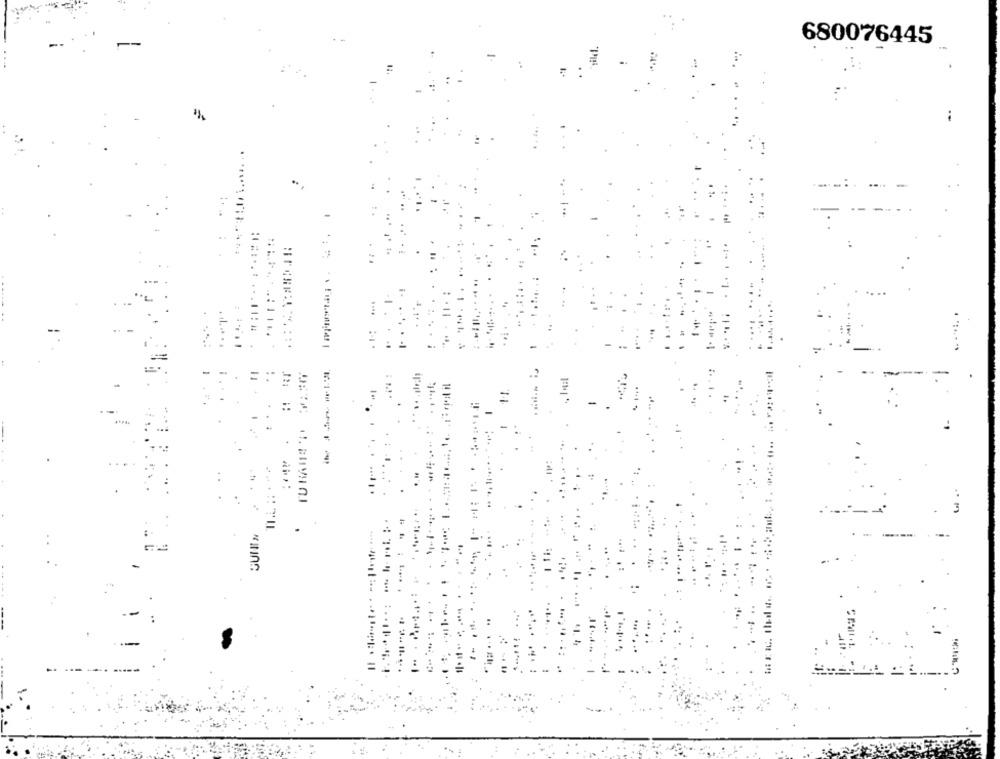
٠٢٠
680076445
..
4
=
٠٠١١٠٠٠
٠١٠
٠٫٠٠١
11
: ....
11
::
-
: ****
*... . . .
.....
1
.
------
...
......
....... ... ..
SUNIN
---
١٫٠٫٠٠٠
.. .......